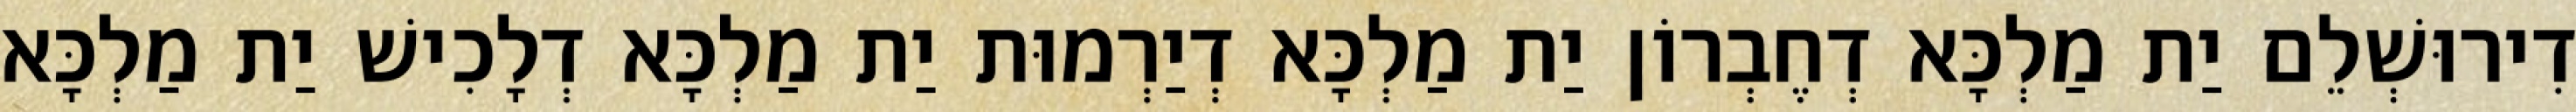
דִירוּשְׁלֵם יַת מַלְכָּא דְחֶבְרוֹן יַת מַלְכָּא דְיַרְמוּת יַת מַלְכָּא דְלָכִישׁ יַת מַלְכָּא